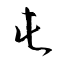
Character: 屯